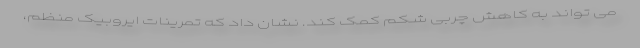
می تواند به کاهش چربی شکم کمک کند. نشان داد که تمرینات ایروبیک منظم،